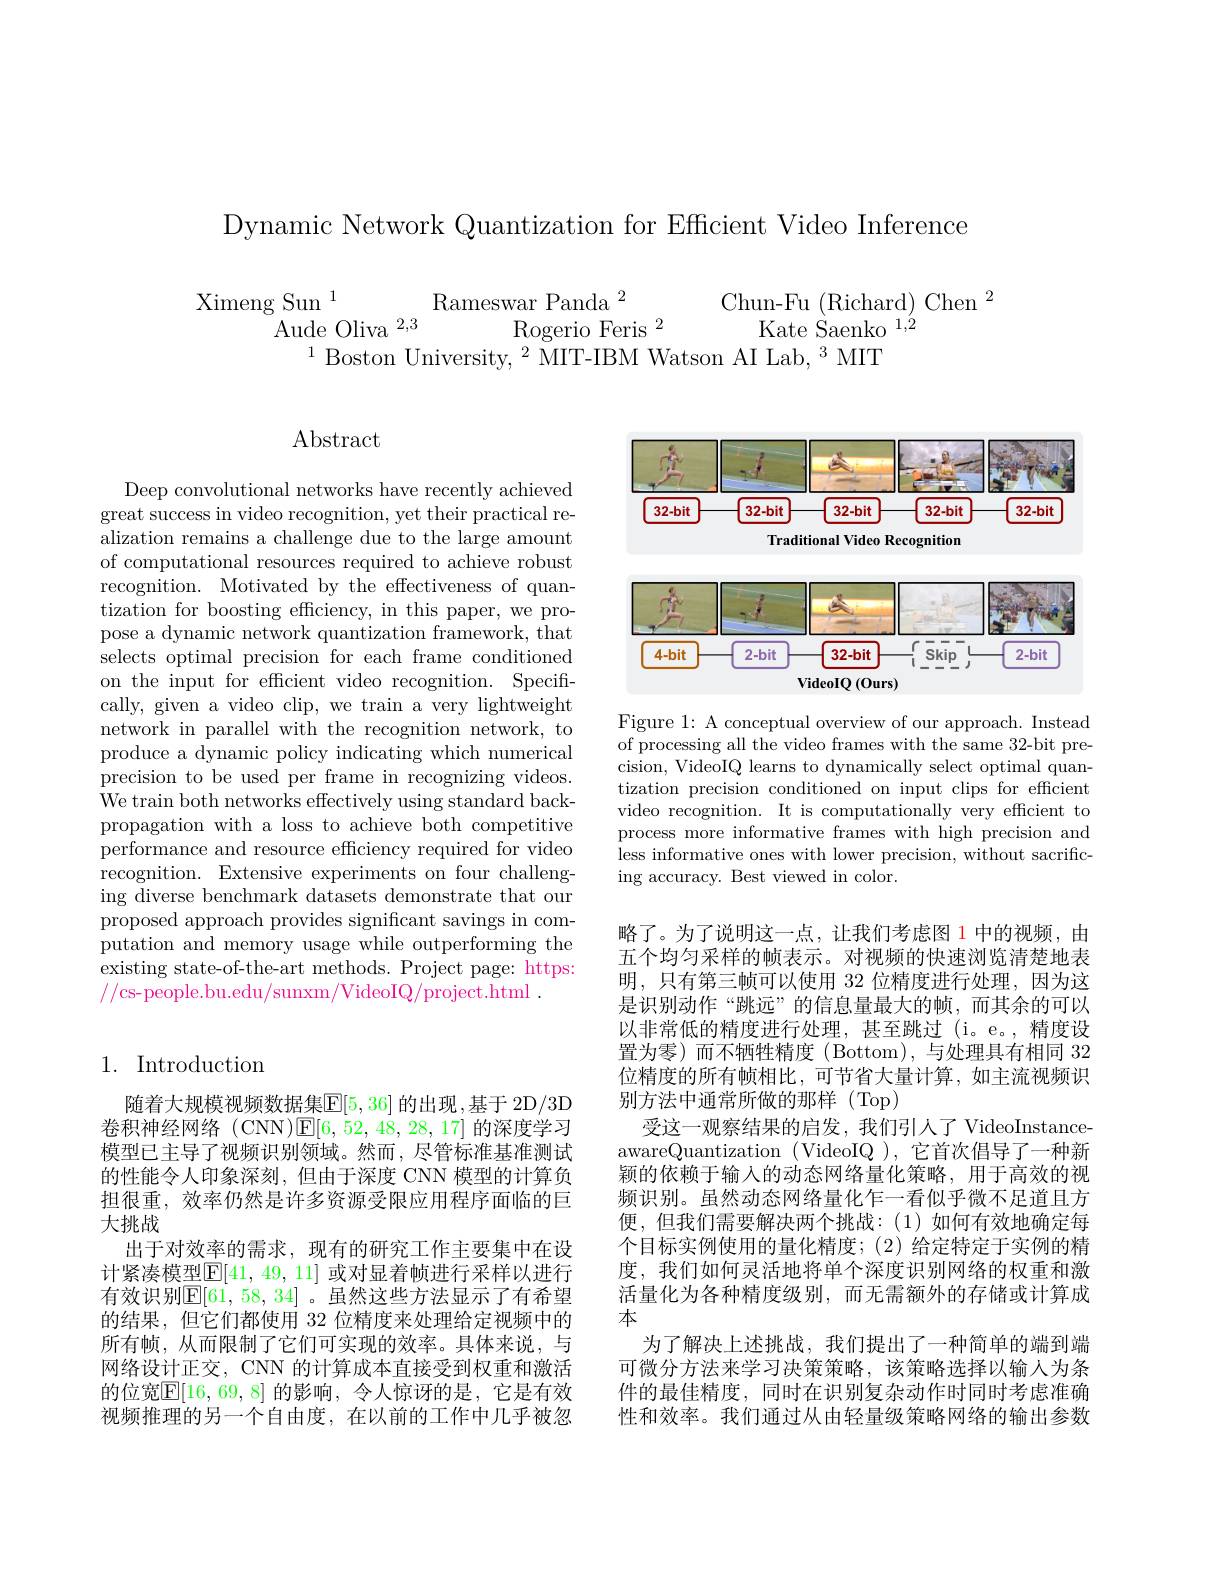
Dynamic Network Quantization for Efficient Video Inference

$\begin{array}{c}{\mathrm{Ximeng~Sun}^{1}}&{\mathrm{Rameswar~Panda}^{2}}&{\mathrm{Chun-Fu~(Richard)~Chen}^{2}}\\{\mathrm{Aude~Oliva}^{2,3}}&{\mathrm{Rogerio~Feris}^{2}}&{\mathrm{Kate~Saenko~}^{1,2}}\\{^{1}\text{Boston Universitv}^{2}\text{MIT-IBM Watson AI Jab }^{3}\mathrm{MIT}}\end{array}$

$\operatorname{Abstract}$

Deep convolutional networks have recently achieved great success in video recognition, yet their practical re- $\bar{\text{alization remains a challenge due to the large amount}}$ of computational resources required to achieve robust recognition. Motivated by the effectiveness of quantization for boosting effciency, in this paper, we propose a dynamic network quantization framework, that selects optimal precision for each frame conditioned on the input for efficient video recognition. Specifically, given a video clip, we train a very lightweight network in parallel with the recognition network, to produce a dynamic policy indicating which numerical precision to be used per frame in recognizing videos. $\bar{\text{We train both networks effectively using standard back-}}$ propagation with a loss to achieve both competitive performance and resource efficiency required for video recognition. Extensive experiments on four challenging diverse benchmark datasets demonstrate that our proposed approach provides significant savings in computation and memory usage while outperforming the existing state-of-the-art methods. Project page: https: //cs-people.bu.edu/sunxm/VideoIQ/project.html .

## 1. Introduction

随着大规模视频数据集$\boxed{\mathrm{E}}[5,36]$ 的出现，基于 2D/3D 卷积神经网络 (CNN)$\mathbb{E}[6,52,48,28,17]$的深度学习模型已主导了视频识别领域。然而，尽管标准基准测试的性能令人印象深刻，但由于深度 CNN 模型的计算负担很重，效率仍然是许多资源受限应用程序面临的巨大挑战
出于对效率的需求，现有的研究工作主要集中在设计紧凑模型$\mathbb{E}[41,49,11]$ 或对显着帧进行采样以进行有效识别$\mathbb{E}[61,58,34]$ 。虽然这些方法显示了有希望的结果，但它们都使用 32 位精度来处理给定视频中的所有帧，从而限制了它们可实现的效率。具体来说，与网络设计正交，CNN 的计算成本直接受到权重和激活的位宽$\boxed{\mathbb{F}}[16,69,8]$ 的影响，令人惊讶的是，它是有效视频推理的另一个自由度，在以前的工作中几乎被忽

<FigureHere>

Figure 1: A conceptual overview of our approach. Instead of processing all the video frames with the same 32-bit precision, VideoIQ learns to dynamically select optimal quantization precision conditioned on input clips for efficient video recognition. It is computationally very efficient to process more informative frames with high precision and less informative ones with lower precision, without sacrificing accuracy. Best viewed in color.

略了。为了说明这一点，让我们考虑图 1 中的视频，由五个均匀采样的帧表示。对视频的快速浏览清楚地表明，只有第三帧可以使用 32 位精度进行处理，因为这是识别动作“跳远”的信息量最大的帧，而其余的可以以非常低的精度进行处理，甚至跳过(i。e。,精度设置为零)而不牺牲精度(Bottom),与处理具有相同 32位精度的所有帧相比，可节省大量计算，如主流视频识别方法中通常所做的那样(Top)
受这一观察结果的启发，我们引人了 VideoInstanceawareQuantization (VideoIQ ),它首次倡导了一种新颖的依赖于输入的动态网络量化策略，用于高效的视频识别。虽然动态网络量化乍一看似乎微不足道且方便，但我们需要解决两个挑战：(1)如何有效地确定每个目标实例使用的量化精度；(2) 给定特定于实例的精度，我们如何灵活地将单个深度识别网络的权重和激活量化为各种精度级别，而无需额外的存储或计算成本
为了解决上述挑战，我们提出了一种简单的端到端可微分方法来学习决策策略，该策略选择以输人为条件的最佳精度，同时在识别复杂动作时同时考虑准确性和效率。我们通过从由轻量级策略网络的输出参数